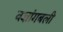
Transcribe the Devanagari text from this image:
वज्रांगबली